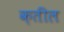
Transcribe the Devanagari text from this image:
क़तील